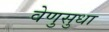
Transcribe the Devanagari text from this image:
वेणुसुधा